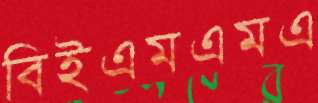
বিইএমএমএ